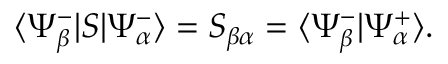
\langle \Psi _ { \beta } ^ { - } | S | \Psi _ { \alpha } ^ { - } \rangle = S _ { \beta \alpha } = \langle \Psi _ { \beta } ^ { - } | \Psi _ { \alpha } ^ { + } \rangle .